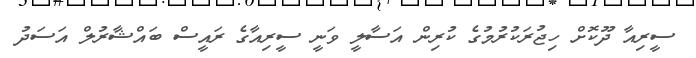
ސީރިއާ ދޫކޮށް ހިޖުރަކުރުމުގެ ކުރިން އަސާލީ ވަނީ ސީރިއާގެ ރައީސް ބައްޝާރުލް އަސަދު